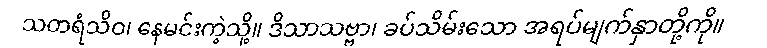
သတရံသိဝ၊ နေမင်းကဲ့သို့။ ဒိသာသဗ္ဗာ၊ ခပ်သိမ်းသော အရပ်မျက်နှာတို့ကို။